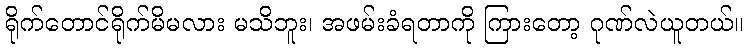
ရိုက်တောင်ရိုက်မိမလား မသိဘူး၊ အဖမ်းခံရတာကို ကြားတော့ ဂုဏ်လဲယူတယ်။